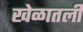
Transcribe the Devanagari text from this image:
खेळातली